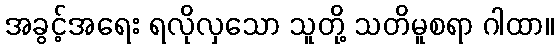
အခွင့်အရေး ရလိုလှသော သူတို့ သတိမူစရာ ဂါထာ။